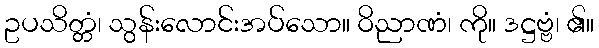
ဥပသိတ္တံ၊ သွန်းလောင်းအပ်သော။ ဝိညာဏံ၊ ကို။ ဒဋ္ဌဗ္ဗံ၊ ၏။